Lunatic asylums United Prov. 1922-30 - 1922-1930
Year: 1922
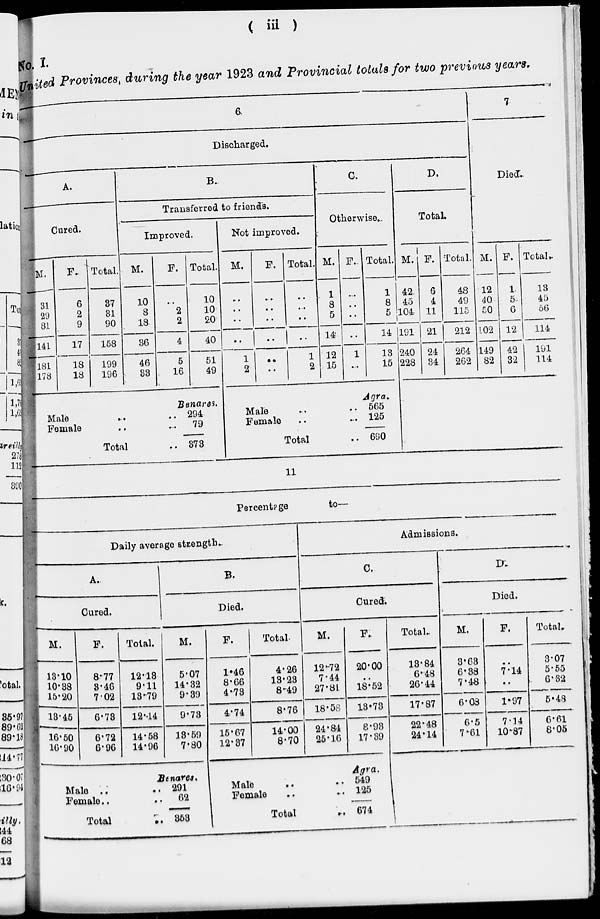
( iii )
No. I.
United Provinces, during the year 1923 and Provincial totals for two previous years.
6
Discharged.
A.
Cured.
M.
31
29
81
141
181
178
F.
6
2
9
17
18
18
Total.
37
81
90
158
199
196
B.
Transferred to friends.
Improved.
M.
10
8
18
36
46
33
F.
..
2
2
4
5
16
Total.
10
10
20
40
51
49
Benares.
Male
..
..
Female .. ..
Total
..
294
79
373
Not improved.
M.
..
..
..
..
1
2
F.
..
..
..
..
..
..
Total.
..
..
..
..
1
2
C.
Otherwise.
M.
1
8
5
14
12
15
F.
..
..
..
..
1
..
Total.
1
8
5
14
13
15
Agra.
Male .. ..
Female .. ..
Total ..
565
125
690
D.
Total.
M.
42
45
104
191
240
228
F.
6
4
11
21
24
34
Total.
48
49
115
212
264
262
7
Died.
M.
12
40
50
102
149
82
F.
1
5
6
12
42
32
Total.
13
45
56
114
191
114
11
Percentage
to—
Daily average strength.
A.
Cured.
M.
13.10
10.38
15.20
13.45
16.50
16.90
F.
8.77
3.46
7.02
6.73
6.72
6.96
Total.
12.13
9.11
13.79
12.14
14.58
14.96
B.
Died.
M.
5.07
14.32
9.39
9.73
13.59
7.80
Benares.
Male .. ..
Female .. ..
Total ..
291
62
353
F.
1.46
8.66
4.73
4.74
15.67
12.37
Total.
4.26
13.23
8.49
8.76
14.00
8.70
Admissions.
C.
Cured.
M.
12.72
7.44
27.81
18.58
24.84
25.16
F.
20.00
..
18.52
13.73
8.93
17.39
Agra.
Male
.. ..
Female .. ..
Total
..
549
125
674
Total..
13.84
6.48
26.44
17.87
22.48
24.14
D.
Died.
M.
3.63
6.38
7.48
6.08
6.5
7.61
F.
..
7.14
..
1.97
7.14
10.87
Total.
3.07
5.55
6.32
5.48
6.61
8.05